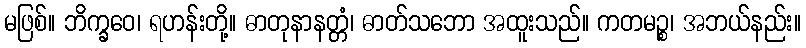
မဖြစ်။ ဘိက္ခဝေ၊ ရဟန်းတို့။ ဓာတုနာနတ္တံ၊ ဓာတ်သဘော အထူးသည်။ ကတမဉ္စ၊ အဘယ်နည်း။